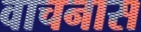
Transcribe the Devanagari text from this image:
वाचनास